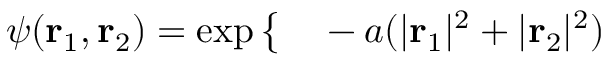
\begin{array} { r l } { \psi ( \mathbf { r } _ { 1 } , \mathbf { r } _ { 2 } ) = \exp \big \{ } & { { } - a ( | \mathbf { r } _ { 1 } | ^ { 2 } + | \mathbf { r } _ { 2 } | ^ { 2 } ) } \end{array}